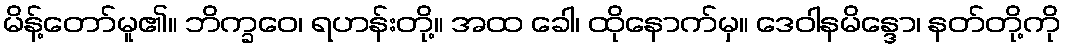
မိန့်တော်မူ၏။ ဘိက္ခဝေ၊ ရဟန်းတို့။ အထ ခေါ၊ ထိုနောက်မှ။ ဒေဝါနမိန္ဒော၊ နတ်တို့ကို